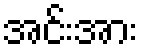
အင်းအား